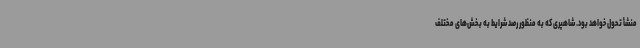
منشأ تحول خواهد بود. شاهپری که به منظور رصد شرایط به بخش‌های مختلف